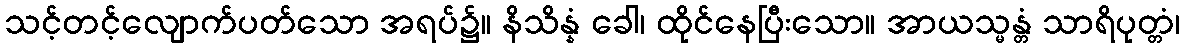
သင့်တင့်လျောက်ပတ်သော အရပ်၌။ နိသိန္နံ ခေါ၊ ထိုင်နေပြီးသော။ အာယသ္မန္တံ သာရိပုတ္တံ၊